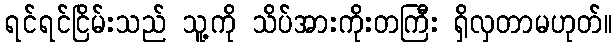
ရင်ရင်ငြိမ်းသည် သူ့ကို သိပ်အားကိုးတကြီး ရှိလှတာမဟုတ်။